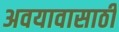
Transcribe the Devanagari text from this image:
अवयावासाठी